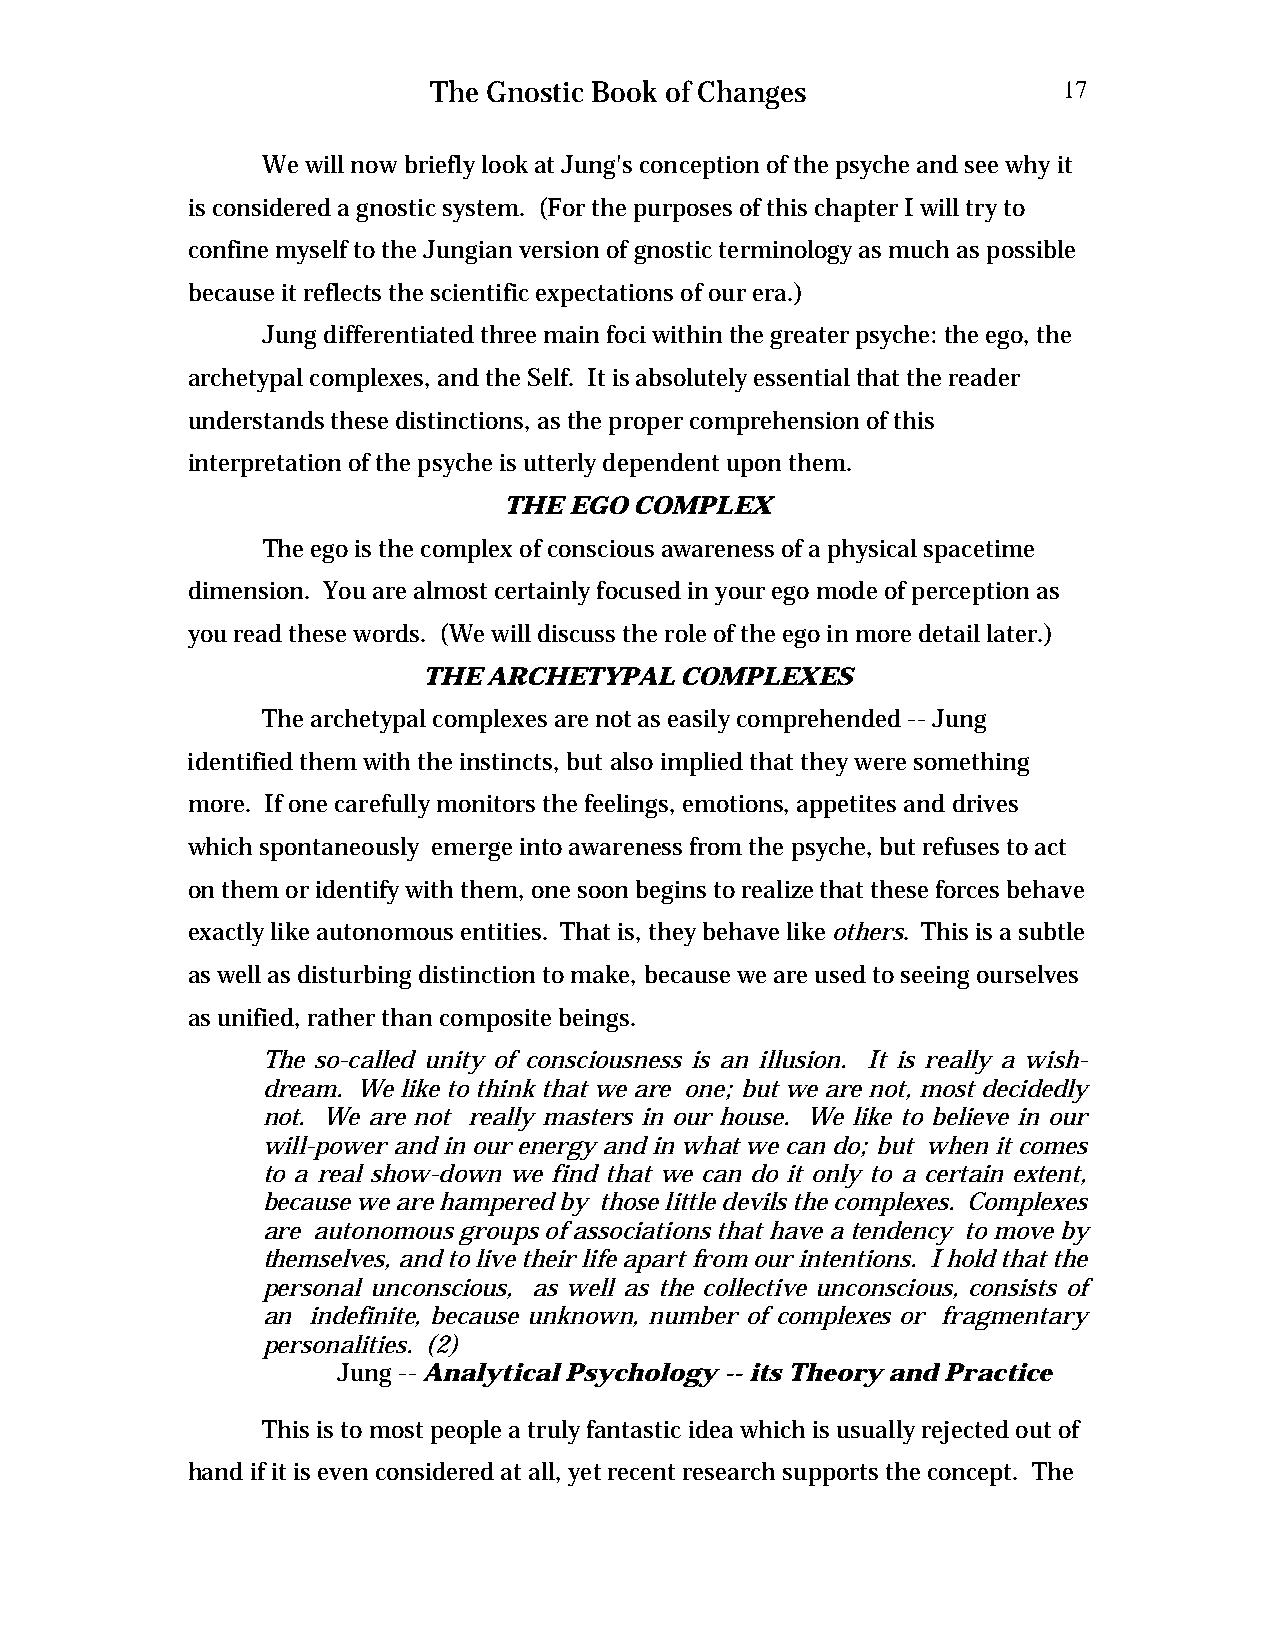
The Gnostic Book of Changes              17
 We will now briefly look at Jung's conception of the psyche and see why it
 is considered a gnostic system. (For the purposes of this chapter I will try to
 confine myself to the Jungian version of gnostic terminology as much as possible
 because it reflects the scientific expectations of our era.)
 Jung differentiated three main foci within the greater psyche: the ego, the
 archetypal complexes, and the Self. It is absolutely essential that the reader
 understands these distinctions, as the proper comprehension of this
 interpretation of the psyche is utterly dependent upon them.
 THE  EGO COMPLEX
 The ego is the complex of conscious awareness of a physical spacetime
 dimension. You are almost certainly focused in your ego mode of perception as
 you read these words. (We will discuss the role of the ego in more detail later.)
 THE ARCHETYPAL   COMPLEXES
 The archetypal complexes are not as easily comprehended -- Jung
 identified them with the instincts, but also implied that they were something
 more. If one carefully monitors the feelings, emotions, appetites and drives
 which spontaneously emerge into awareness from the psyche, but refuses to act
 on them or identify with them, one soon begins to realize that these forces behave
 exactly like autonomous entities. That is, they behave like others. This is a subtle
 as well as disturbing distinction to make, because we are used to seeing ourselves
 as unified, rather than composite beings.
 The so-called unity of consciousness is an illusion. It is really a wish-
 dream. We like to think that we are one; but we are not, most decidedly
 not. We are not really masters in our house. We like to believe in our
 will-power and in our energy and in what we can do; but when it comes
 to a real show-down we find that we can do it only to a certain extent,
 because we are hampered by those little devils the complexes. Complexes
 are autonomous groups of associations that have a tendency to move by
 themselves, and to live their life apart from our intentions. I hold that the
 personal unconscious, as well as the collective unconscious, consists of
 an indefinite, because unknown, number of complexes or fragmentary
 personalities. (2)
 Jung -- Analytical Psychology -- its Theory and Practice
 This is to most people a truly fantastic idea which is usually rejected out of
 hand if it is even considered at all, yet recent research supports the concept. The